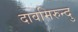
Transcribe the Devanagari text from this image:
दावमिरुन्दु